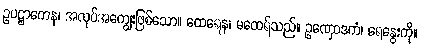
ဥပဋ္ဌာကေန၊ အလုပ်အကျွေးဖြစ်သော။ ထေရေန၊ မထေရ်သည်။ ဥဏှောဒကံ၊ ရေနွေးကို။